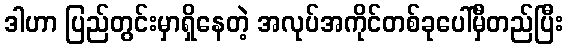
ဒါဟာ ပြည်တွင်းမှာရှိနေတဲ့ အလုပ်အကိုင်တစ်ခုပေါ်မှီတည်ပြီး